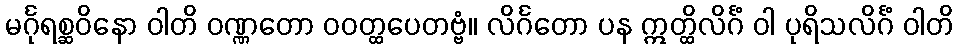
မင်္ဂုရစ္ဆဝိနော ဝါတိ ဝဏ္ဏတော ဝဝတ္ထပေတဗ္ဗံ။ လိင်္ဂတော ပန ဣတ္ထိလိင်္ဂံ ဝါ ပုရိသလိင်္ဂံ ဝါတိ